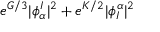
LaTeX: e ^ { G / 3 } | \phi _ { \alpha } ^ { I } | ^ { 2 } + e ^ { K / 2 } | \phi _ { I } ^ { \alpha } | ^ { 2 }